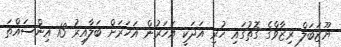
ޔޫޒަބަލް ރިޒާވްގެ ގޮތުގައި ހުރި އަދަކީ އަހަރުން އަހަރަށް ބަލާއިރު 13 އިންސައްތަ